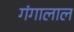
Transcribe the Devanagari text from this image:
गंगालाल